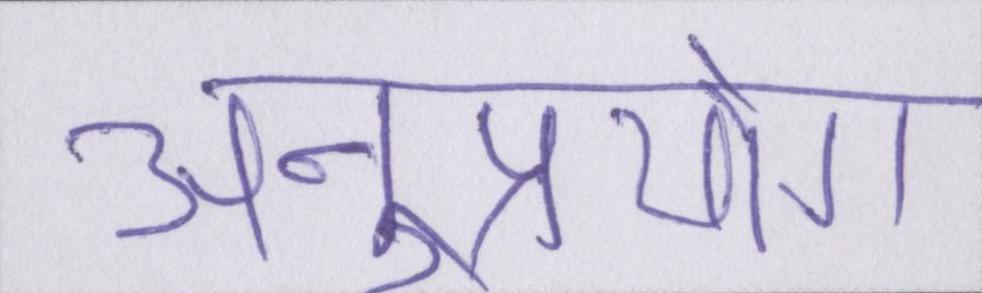
अनुप्रयोग